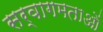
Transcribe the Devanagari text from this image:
सर्वागमताओं